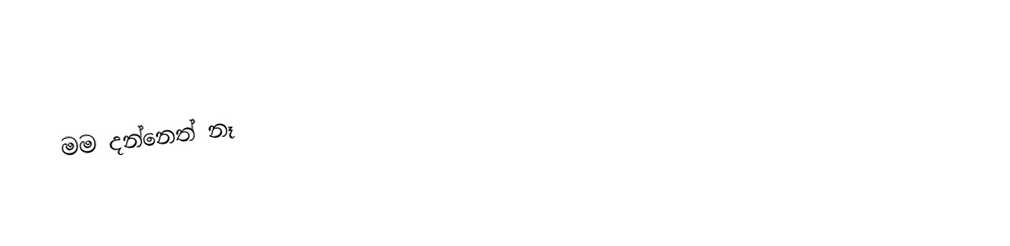
මම දන්නෙත් නෑ